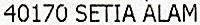
40170 SETIA ALAM